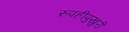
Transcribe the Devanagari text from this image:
रुपहीपुखुरी